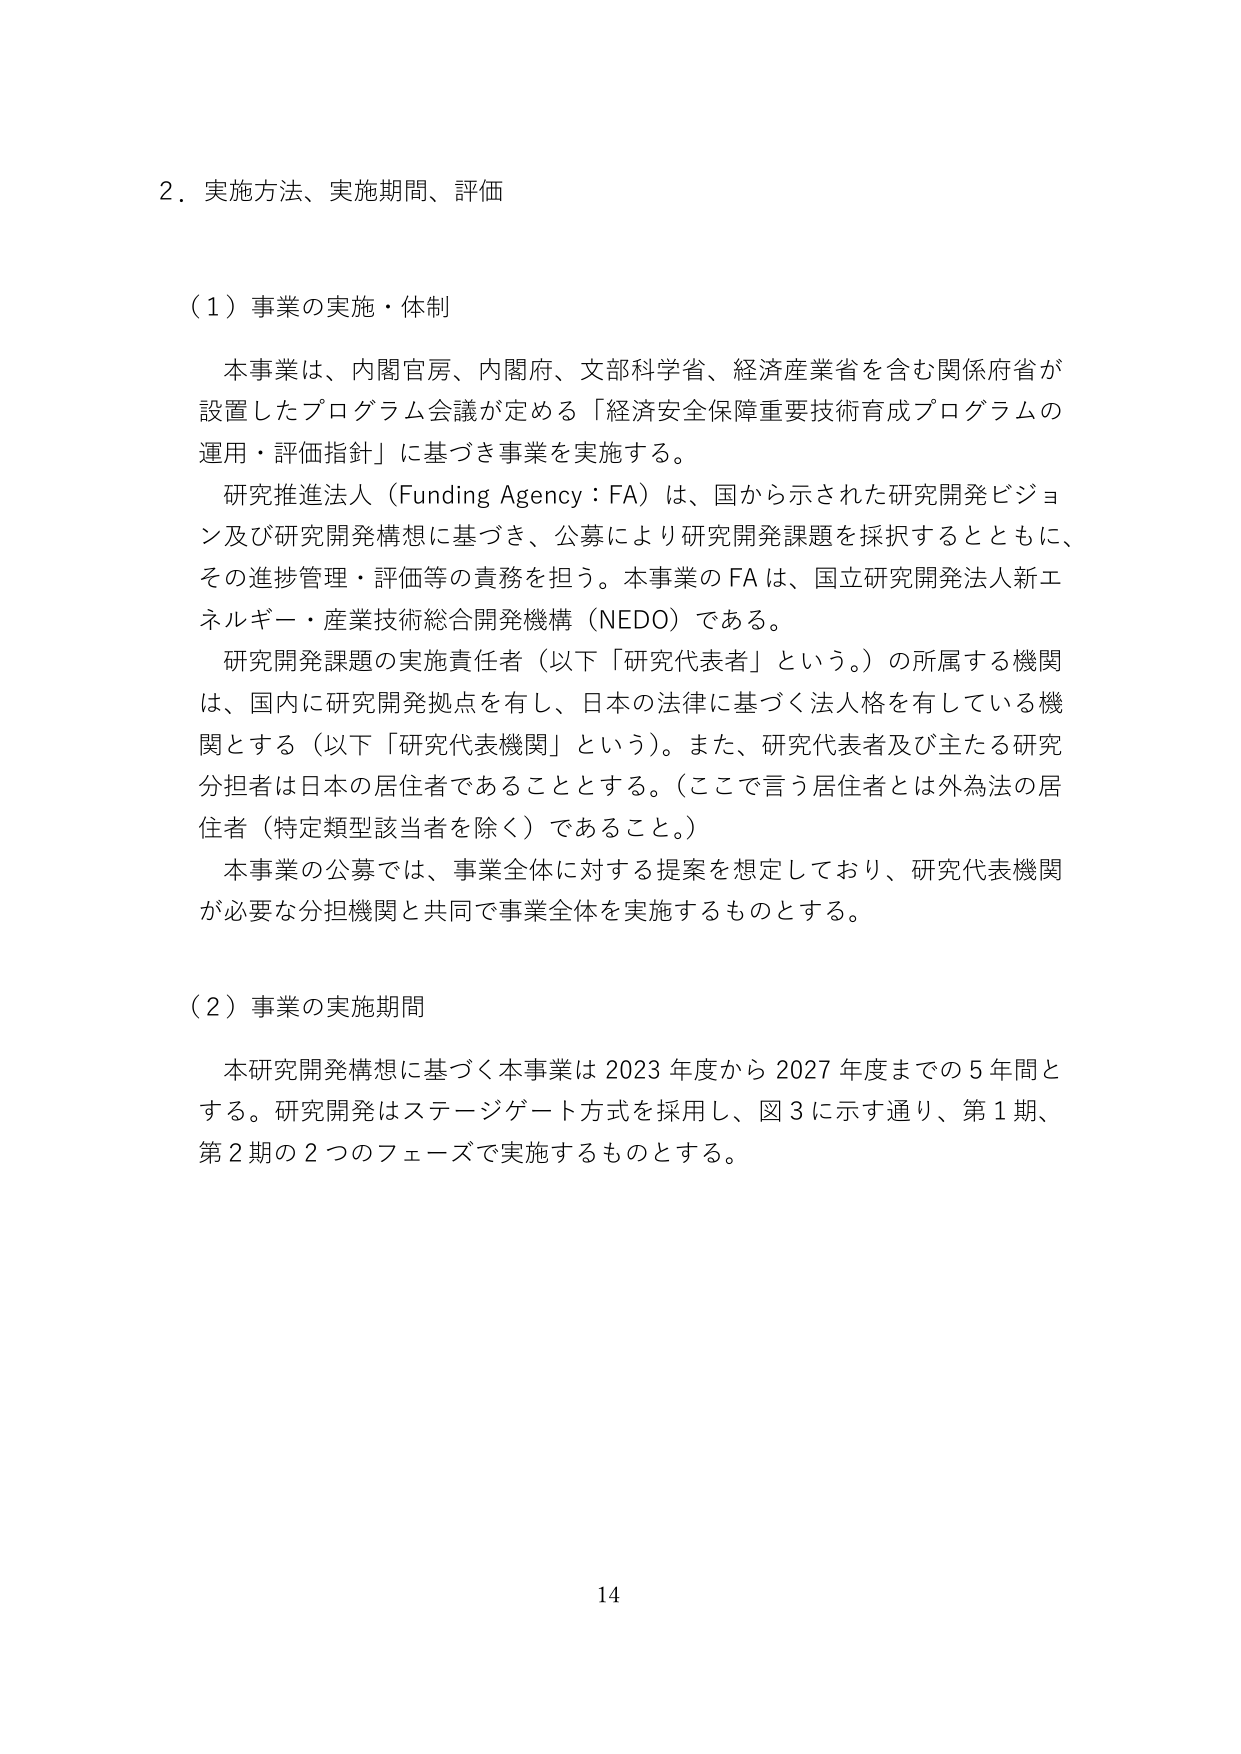
2．実施方法、実施期間、評価

（1）事業の実施・体制

本事業は、内閣官房、内閣府、文部科学省、経済産業省を含む関係府省が設置したプログラム会議が定める「経済安全保障重要技術育成プログラムの運用・評価指針」に基づき事業を実施する。

研究推進法人（Funding Agency：FA）は、国から示された研究開発ビジョン及び研究開発構想に基づき、公募により研究開発課題を採択するとともに、その進捗管理・評価等の責務を担う。本事業のFAは、国立研究開発法人新エネルギー・産業技術総合開発機構（NEDO）である。

研究開発課題の実施責任者（以下「研究代表者」という。）の所属する機関は、国内に研究開発拠点を有し、日本の法律に基づく法人格を有している機関とする（以下「研究代表機関」という）。また、研究代表者及び主たる研究分担者は日本の居住者であることとする。（ここで言う居住者とは外為法の居住者（特定類型該当者を除く）であること。）

本事業の公募では、事業全体に対する提案を想定しており、研究代表機関が必要な分担機関と共同で事業全体を実施するものとする。

（2）事業の実施期間

本研究開発構想に基づく本事業は2023年度から2027年度までの5年間とする。研究開発はステージゲート方式を採用し、図3に示す通り、第1期、第2期の2つのフェーズで実施するものとする。

14